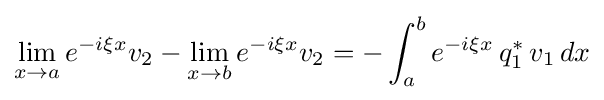
\lim _{x\to a}e^{-i\xi x}v_{2}-\lim _{x\to b}e^{-i\xi x}v_{2}=-\int _{a}^{b}e^{-i\xi x}\,q_{1}^{*}\,v_{1}\,dx